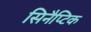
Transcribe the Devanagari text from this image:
सिनैप्टिक